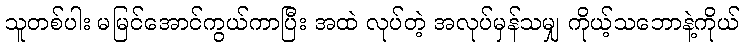
သူတစ်ပါး မမြင်အောင်ကွယ်ကာပြီး အထဲ လုပ်တဲ့ အလုပ်မှန်သမျှ ကိုယ့်သဘောနဲ့ကိုယ်